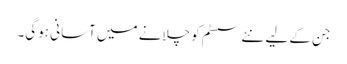
جن کے لیے نئے سسٹم کو چلانے میں آسانی ہوگی۔